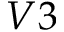
V 3